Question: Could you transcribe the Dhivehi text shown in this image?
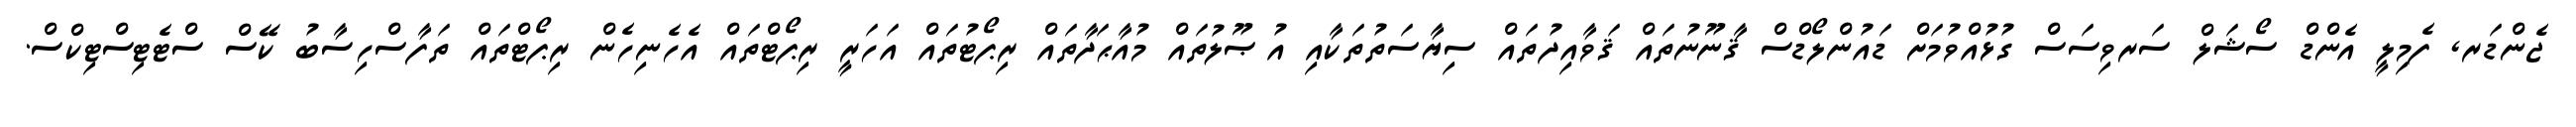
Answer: ޖެންޑަރ, ފެމިލީ އެންޑް ސޯޝަލް ސަރވިސަސް ގުޅުއްވުމަށް ޑައުންލޯޑްސް ޤާނޫނުތައް ޤަވާއިދުތައް ސިޔާސަތުތަކާއި އުޞޫލުތައް މުއާޙަދާތައް ރިޕޯޓުތައް އަހަރީ ރިޕޯޓްތައް އެހެނިހެން ރިޕޯޓްތައް ތަފާސްހިސާބު ކޭސް ސްޓެޓިސްޓިކްސް.